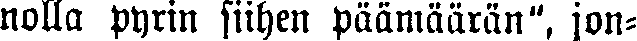
nolla pyrin siihen päämäärän", jon-